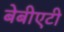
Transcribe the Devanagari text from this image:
बेबीएटी